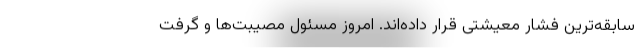
سابقه‌ترین فشار معیشتی قرار داده‌اند. امروز مسئول مصیبت‌ها و گرفت